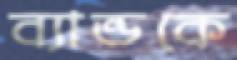
ব্যান্ডকে